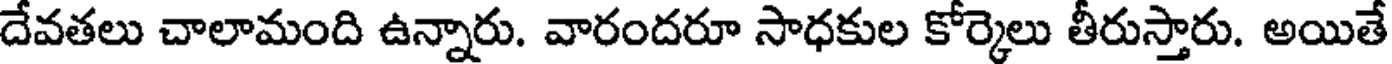
దేవతలు చాలామంది ఉన్నారు. వారందరూ సాధకుల కోర్కెలు తీరుస్తారు. అయితే